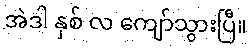
အဲဒါ နှစ် လ ကျော်သွားပြီ။